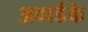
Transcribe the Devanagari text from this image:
अवार्डके